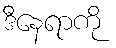
ဒီနေရာကို